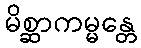
မိစ္ဆာကမ္မန္တေ